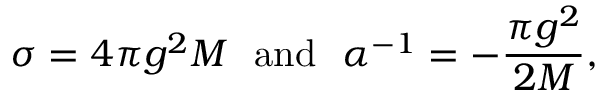
\sigma = 4 \pi g ^ { 2 } M ~ ~ \mathrm { a n d } ~ ~ \alpha ^ { - 1 } = - \frac { \pi g ^ { 2 } } { 2 M } ,